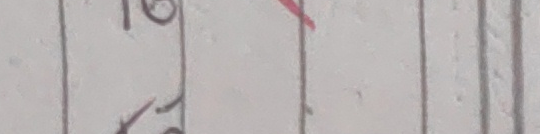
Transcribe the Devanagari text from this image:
१९